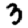
Digit: 3